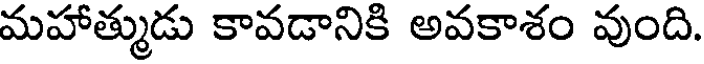
మహాత్ముడు కావడానికి అవకాశం వుంది.